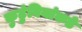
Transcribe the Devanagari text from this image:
कुटुंबियांकडे